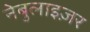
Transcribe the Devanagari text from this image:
नेबुलाइज़र